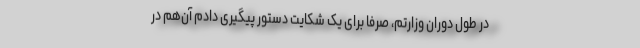
‌در طول دوران وزارتم، صرفا برای یک شکایت دستور پیگیری دادم آن‌هم در